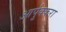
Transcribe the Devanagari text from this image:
आर्पुक्करा